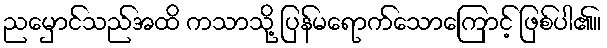
ညမှောင်သည်အထိ ကသာသို့ ပြန်မရောက်သောကြောင့် ဖြစ်ပါ၏။